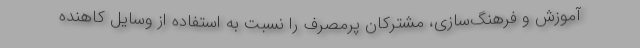
آموزش و فرهنگ‌سازی، مشترکان پرمصرف را نسبت به استفاده از وسایل کاهنده